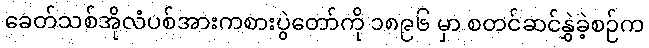
ခေတ်သစ်အိုလံပစ်အားကစားပွဲတော်ကို ၁၈၉၆ မှာ စတင်ဆင်နွှဲခဲ့စဉ်က